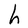
Character: h